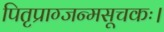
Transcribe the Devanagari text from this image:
पितृप्राग्जन्मसूचकः।